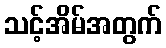
သင့်အိမ်အတွက်